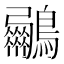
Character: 𮭟